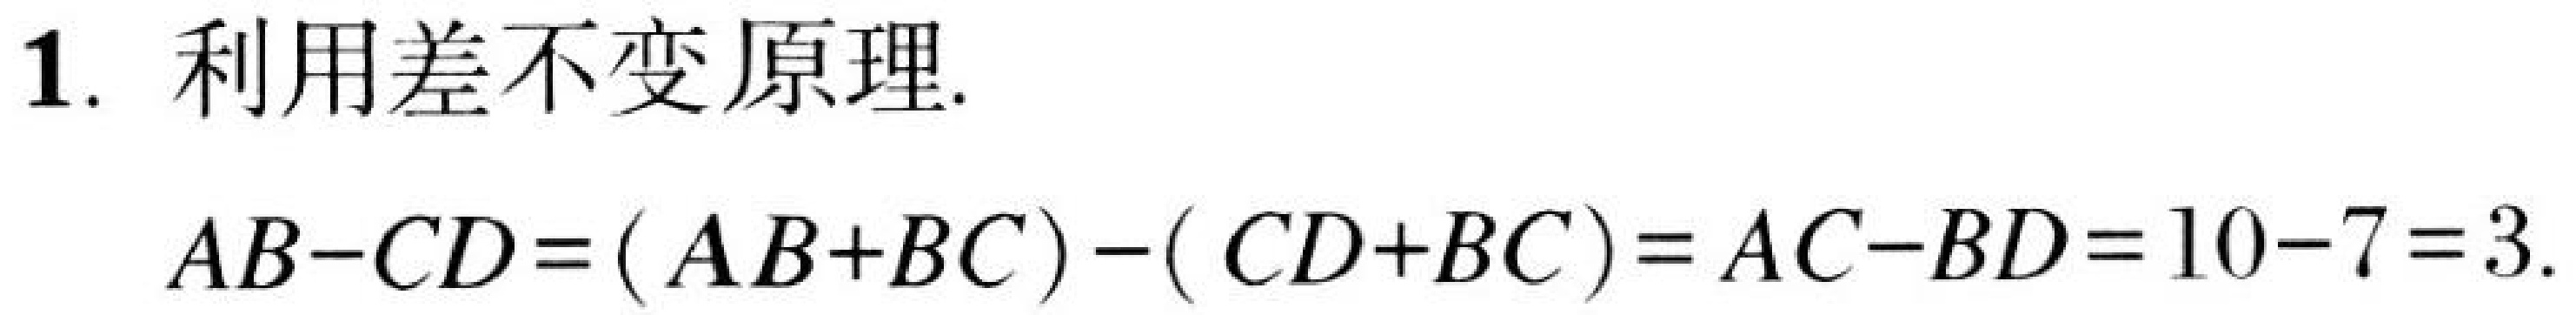
1. 利用差不变原理.
\[AB - CD=(AB + BC)-(CD + BC)=AC - BD = 10 - 7 = 3.\]